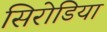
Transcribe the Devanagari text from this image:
सिरोडिया